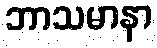
ဘာသမာနာ